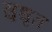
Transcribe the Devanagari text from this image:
सुधृत